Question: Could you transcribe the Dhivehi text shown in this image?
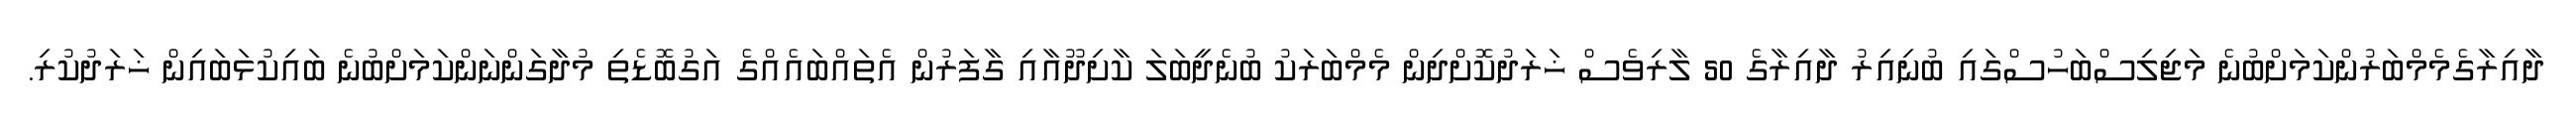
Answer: ދާއިރާގެމެމްބަރުންކަމަށްބުނެ މަޖިލިސްބަހުސްގައި ބުނިއިރު ދާއިރާގެ 50 ލާރިވެސް ޚަރަދުކޮށްދިން މެމްބަރަކު ބުނެދީބަލަ ކާށިދޫއާއި ގާފަރުން އެތައްބައެއްގެ އަގުބޮޑެތި މުދާގަންނަންކަމަށްބުނެ ބައިކުޅަބައިން ޚަރަދުކުރި.